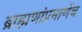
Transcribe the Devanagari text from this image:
ब्राह्मणांप्रमाणेंच